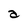
Character: a